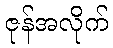
ဇုန်အလိုက်